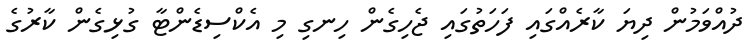
ދުއްވަމުން ދިޔަ ކާރެއްގައި ފަހަތުގައި ޖެހިގެން ހިނގި މި އެކްސިޑެންޓާ ގުޅިގެން ކާރުގެ